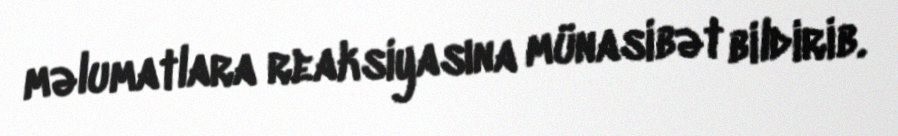
məlumatlara reaksiyasına münasibət bildirib.